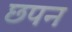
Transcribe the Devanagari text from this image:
छपन